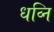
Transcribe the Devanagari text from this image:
धव्नि